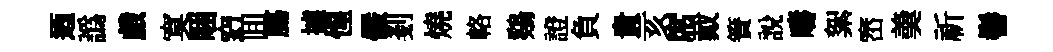
迺譌戯寞睏𥥆囬膓據惺儼剗燒輅鷄證負貴亥席戴簀說疇絮崈羮祈髻